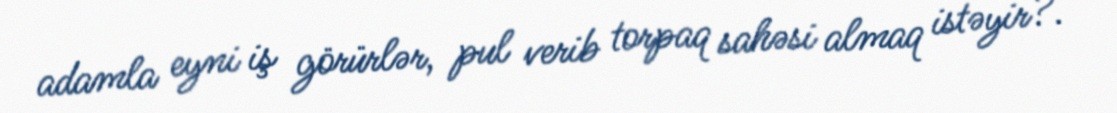
adamla eyni iş görürlər, pul verib torpaq sahəsi almaq istəyir?.